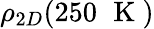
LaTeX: \rho_{2D}(250\, \, \mathrm{~K~})